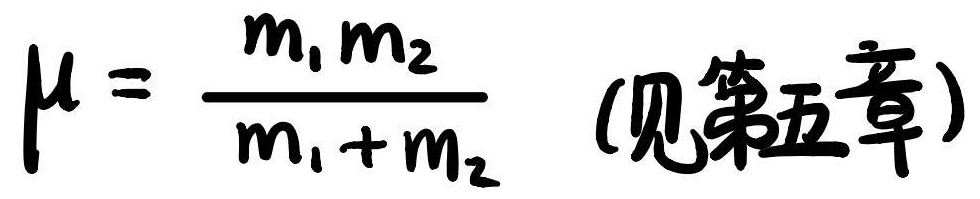
\[\mu = \frac{m_1 m_2}{m_1 + m_2} \quad (\text{见第五章})\]